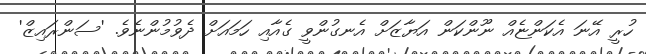
ހުރީ އޭނަ އެކަންޏެއް ނޫންކަން އަޔާޒަށް އެނގުންވީ ގެއާއި ހަމައަށް ދެވުމުންނެވެ. 'ސަންރައިޒް'